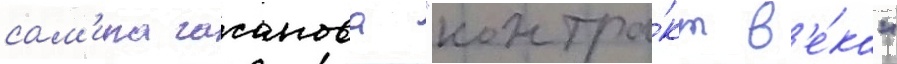
сам'ира гасанова "контра́кт в'е́ка"